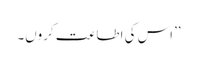
’’اس کی اطاعت کروں۔